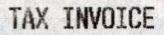
TAX INVOICE